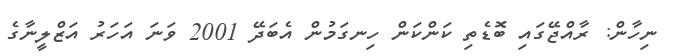
ނިހާން: ރާއްޖޭގައި ބޮޑެތި ކަންކަން ހިނގަމުން އެބަދޭ 2001 ވަނަ އަހަރު އަޒްލީނާގެ